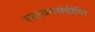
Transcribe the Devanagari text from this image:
रसायनसंदीप्ति